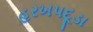
હરખપદૂડા